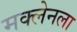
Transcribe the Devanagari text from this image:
मक्लेनला